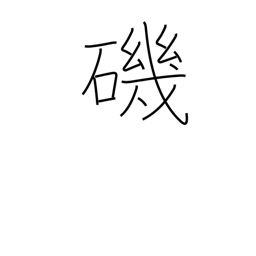
Meaning: beach